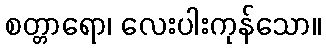
စတ္တာရော၊ လေးပါးကုန်သော။